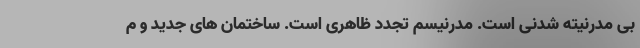
بی مدرنیته شدنی است. مدرنیسم تجدد ظاهری است. ساختمان های جدید و م